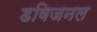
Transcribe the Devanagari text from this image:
डविजनल